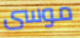
موسى